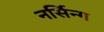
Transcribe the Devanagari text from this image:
नर्सिन्ग